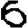
Digit: 6